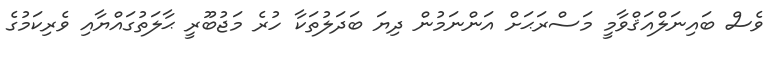
ވެސް ބައިނަލްއަޤްވާމީ މަސްރަޙަށް އަންނަމުން ދިޔަ ބަދަލުތަކާ ހުރެ މަޖުބޫރީ ޙާލަތުގައްޔާއި ވެރިކަމުގެ